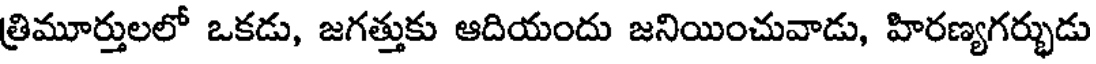
త్రిమూర్తులలో ఒకడు, జగత్తుకు ఆదియందు జనియించువాడు, హిరణ్యగర్భుడు